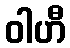
ဝါဟီ